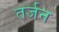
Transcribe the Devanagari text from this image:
तर्जन